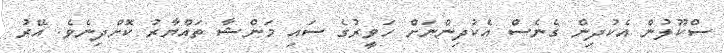
ސްކޫލުން އެކުދިން ގެނެސް އެކުދިންނަށް ހަވީރުގެ ސައި މަންޝާ ތައްޔާރު ކޮށްދިނެވެ. އޭރު